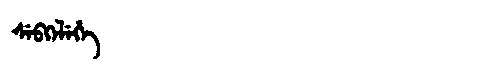
Manchu: ᠰᡝᠪᡴᡝᠯᡝᡥᡝ
Romanization: SEBKELEHE